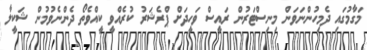
މަގާމުގައި ދެމިހުންނަވަން މިނިސްޓަރުން ރައީސް ވަހީދަށް ޕްރެޝަރު ކުރެއްވީ ކީއްވެތޯ ދެންނެވުމުން ޝަކީލާ